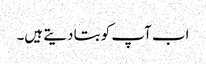
اب آپ کو بتا دیتے ہیں۔